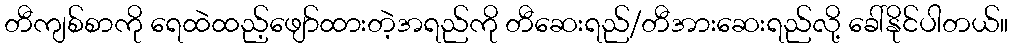
တီကျစ်စာကို ရေထဲထည့်ဖျော်ထားတဲ့အရည်ကို တီဆေးရည်/တီအားဆေးရည်လို့ ခေါ်နိုင်ပါတယ်။